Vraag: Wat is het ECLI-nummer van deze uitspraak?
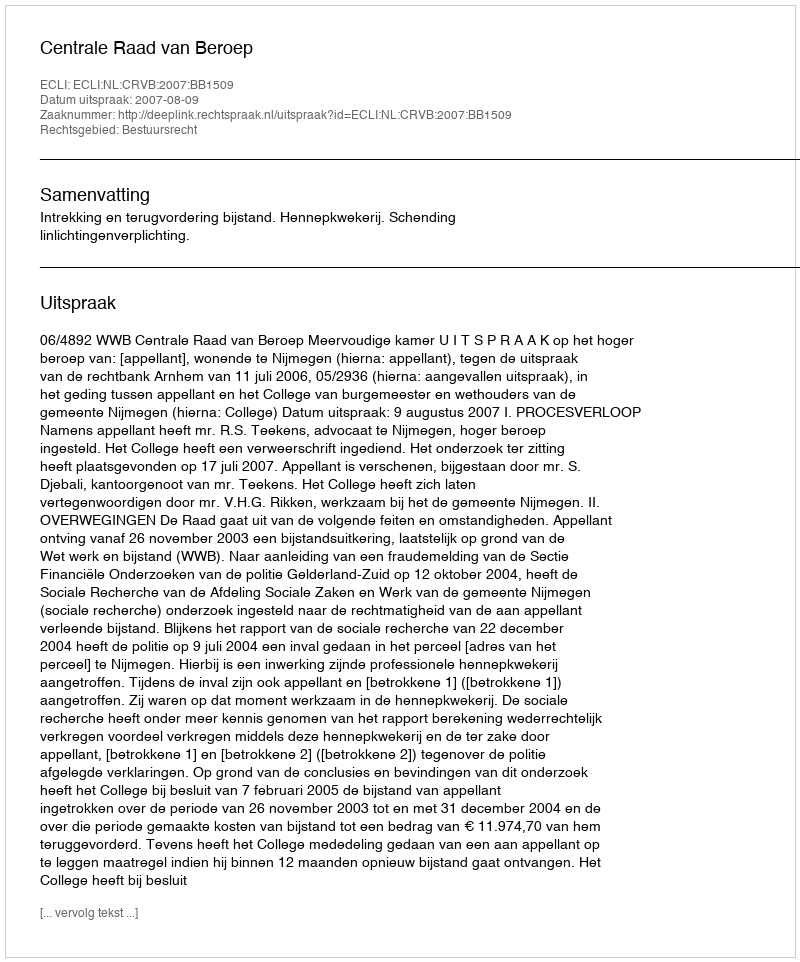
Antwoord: ECLI:NL:CRVB:2007:BB1509